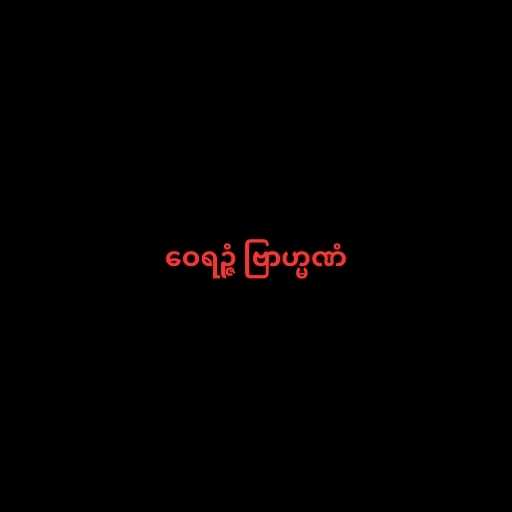
ဝေရဉ္ဇံ ဗြာဟ္မဏံ